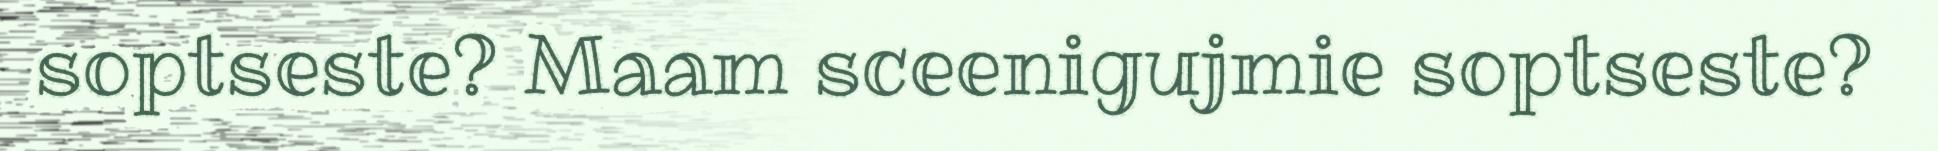
soptseste? Maam sceenigujmie soptseste?